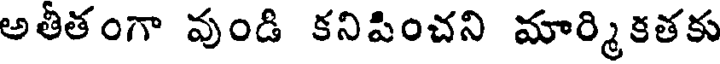
అతీతంగా వుండి కనిపించని మార్మికతకు